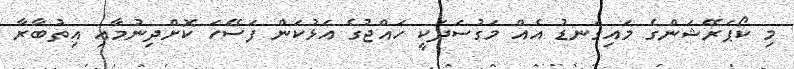
މި ކޯޕަރޭޝަންގެ މައިގަނޑު އެއް މަގުސަދަކީ ހައްޖުގެ އަޅުކަން ފަސޭހަ ކޮށްދިނުމާއި އިތުބާރާ